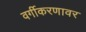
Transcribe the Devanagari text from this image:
वर्गीकरणावर